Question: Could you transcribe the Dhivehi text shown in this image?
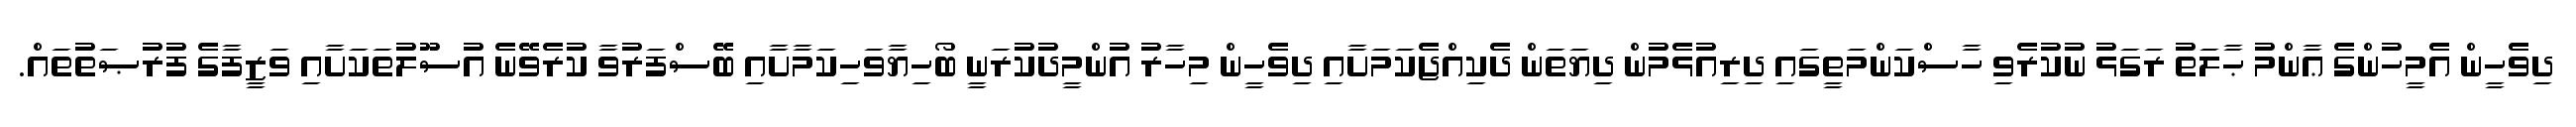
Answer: ދިވެހީން އެމީހުންގެ ޢާންމު ޙާލަތު ރަގަޅު ނުކުރެވި ހާސްކަންމަތީގައި ދިރިއުޅެމުން ދިޔަތަން ދެކިއްޖެކަމަށާއި ދިވެހީން މިހާރު އުންމީދުކުރަނީ ބޯހިޔާވަހިކަމާށާއި ބޭސްފަރުވާ ކުރެވޭނެ އުސޫލުތަކަށާއި ވަޒީފާގެ ފުރުޞަތުތައް.